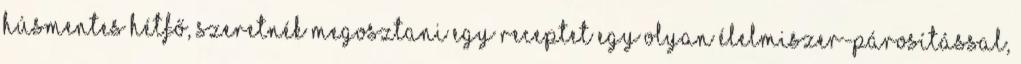
húsmentes hétfő, szeretnék megosztani egy receptet egy olyan élelmiszer-párosítással,